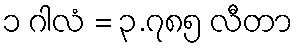
၁ ဂါလံ = ၃.၇၈၅ လီတာ